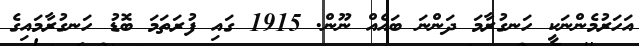
އަހަރުމެންނަކީ ހަނގުރާމަ ދަންނަ ބައެއް ނޫން. 1915 ގައި ފުރަތަމަ ބޮޑު ހަނގުރާމައިގެ